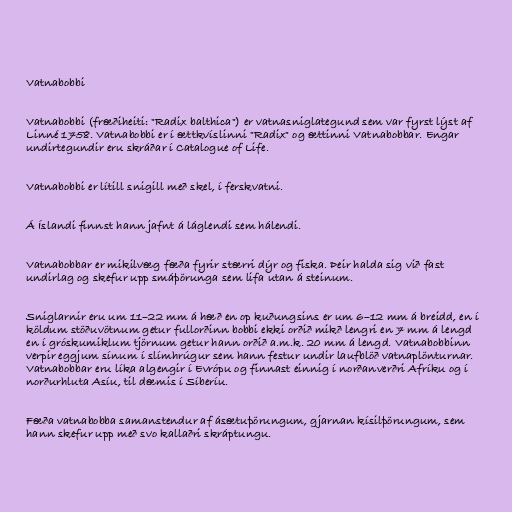
Vatnabobbi

Vatnabobbi (fræðiheiti: "Radix balthica") er vatnasniglategund sem var fyrst lýst af
Linné 1758. Vatnabobbi er í ættkvíslinni "Radix" og ættinni Vatnabobbar. Engar
undirtegundir eru skráðar í Catalogue of Life.

Vatnabobbi er lítill snigill með skel, í ferskvatni.

Á Íslandi finnst hann jafnt á láglendi sem hálendi.

Vatnabobbar er mikilvæg fæða fyrir stærri dýr og fiska. Þeir halda sig við fast
undirlag og skefur upp smáþörunga sem lifa utan á steinum.

Sniglarnir eru um 11–22 mm á hæð en op kuðungsins er um 6–12 mm á breidd, en í
köldum stöðuvötnum getur fullorðinn bobbi ekki orðið mikð lengri en 7 mm á lengd
en í gróskumiklum tjörnum getur hann orðið a.m.k. 20 mm á lengd. Vatnabobbinn
verpir eggjum sínum í slímhrúgur sem hann festur undir laufblöð vatnaplönturnar.
Vatnabobbar eru líka algengir í Evrópu og finnast einnig í norðanverðri Afríku og í
norðurhluta Asíu, til dæmis í Síberíu.

Fæða vatnabobba samanstendur af ásætuþörungum, gjarnan kísilþörungum, sem
hann skefur upp með svo kallaðri skráptungu.